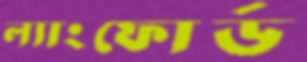
ল্যাংফোর্ড